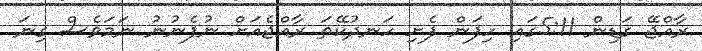
ރާއްޖޭ ގަޑިން 5:11ގައި ހިފަން ފެށި ހަނދުކޭތަ ރާއްޖެއަށް ނުފެނުނު ނަމަވެސް ގިނަ